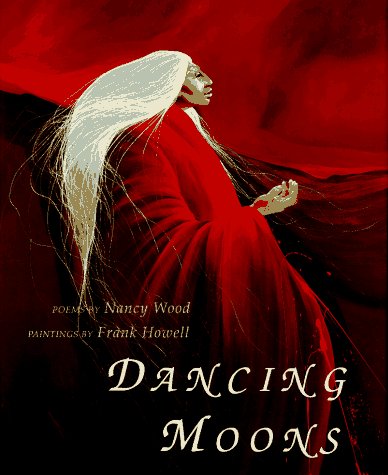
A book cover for Dancing Moons; Nancy Wood; Teen & Young Adult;